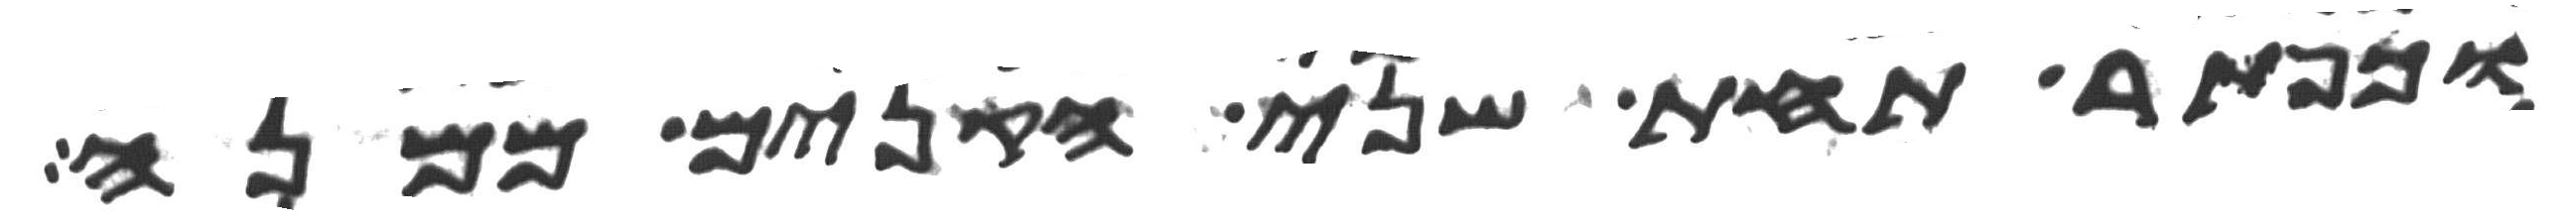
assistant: וכפתר תחת שני הקנים ממנה